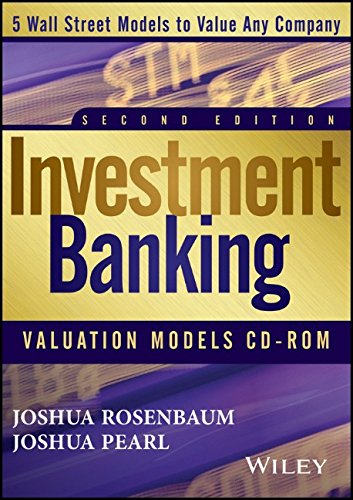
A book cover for Investment Banking Valuation Models CD; Joshua Rosenbaum; Business & Money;